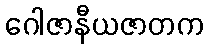
ဂေါဇာနီယဇာတက